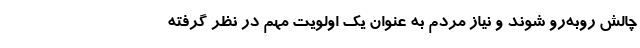
چالش روبه‌رو شوند و نیاز مردم به عنوان یک اولویت مهم در نظر گرفته